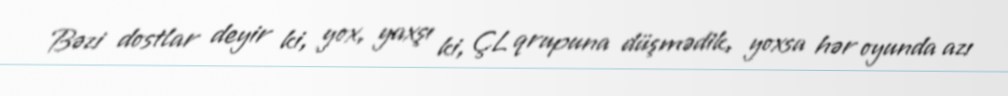
Bəzi dostlar deyir ki, yox, yaxşı ki, ÇL qrupuna düşmədik, yoxsa hər oyunda azı